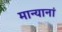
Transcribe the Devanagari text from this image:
मान्यानां